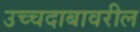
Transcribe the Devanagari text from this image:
उच्चदाबावरील